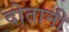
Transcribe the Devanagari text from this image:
दोतानी